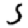
Digit: 5